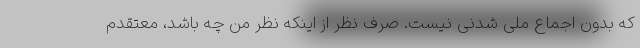
که بدون اجماع ملی شدنی نیست. صرف نظر از اینکه نظر من چه باشد، معتقدم